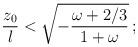
LaTeX: \begin{align*}{z_0 \over l} < \sqrt{- {{\omega+2/3}\over {1+\omega}}} \, ;\end{align*}